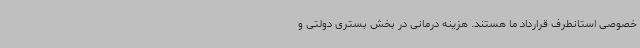
خصوصی استانطرف قرارداد ما هستند. هزینه درمانی در بخش بستری دولتی و